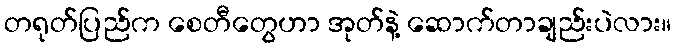
တရုတ်ပြည်က စေတီတွေဟာ အုတ်နဲ့ ဆောက်တာချည်းပဲလား။